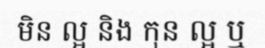
មិន ល្អ និង កុន ល្អ ឬ